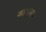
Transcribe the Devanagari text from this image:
जड़वाया।